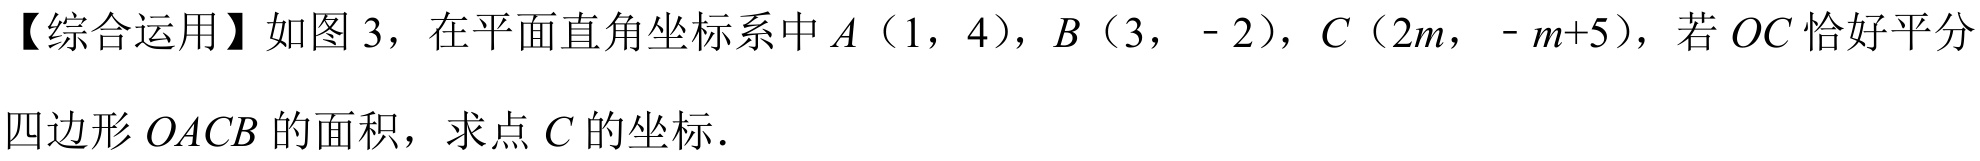
【综合运用】如图 3，在平面直角坐标系中\(A\)（\(1\)，\(4\)），\(B\)（\(3\)，\(- 2\)），\(C\)（\(2m\)，\(- m + 5\)），若\(OC\)恰好平分四边形\(OACB\)的面积，求点\(C\)的坐标．